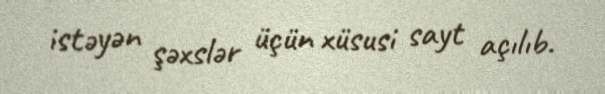
istəyən şəxslər üçün xüsusi sayt açılıb.